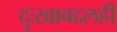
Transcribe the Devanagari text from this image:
दुःखाबद्दलही